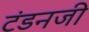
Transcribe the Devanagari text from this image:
टंडनजी